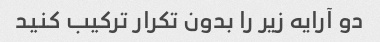
دو آرایه زیر را بدون تکرار ترکیب کنید